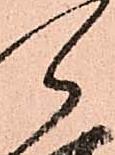
郎